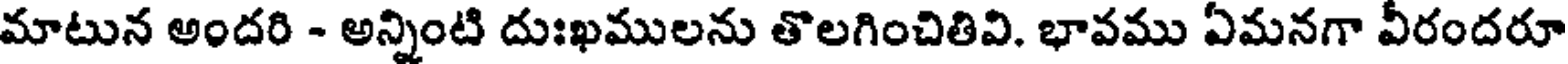
మాటున అందరి - అన్నింటి దుఃఖములను తొలగించితివి. భావము ఏమనగా వీరందరూ